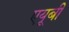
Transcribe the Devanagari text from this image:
एयूबी